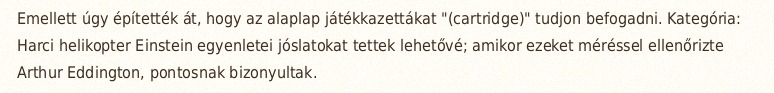
Emellett úgy építették át, hogy az alaplap játékkazettákat "(cartridge)" tudjon befogadni. Kategória: Harci helikopter Einstein egyenletei jóslatokat tettek lehetővé; amikor ezeket méréssel ellenőrizte Arthur Eddington, pontosnak bizonyultak.